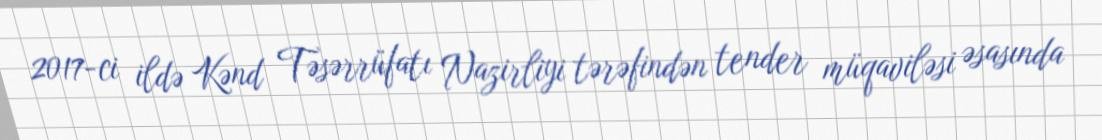
2017-ci ildə Kənd Təsərrüfatı Nazirliyi tərəfindən tender müqaviləsi əsasında